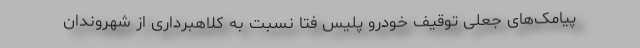
پیامک‌های جعلی توقیف خودرو پلیس فتا نسبت به کلاهبرداری از شهروندان